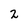
Character: 2